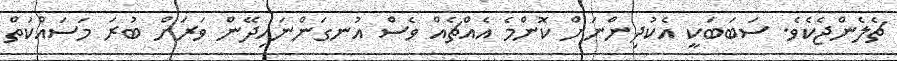
ޗެލެންޖެކެވެ. ސަބަބަކީ އެކުދިންނަށް ކޮންމެ އެއްޗެއް ވެސް އުނގަންނައިދޭން ވަރަށް ބުރަ މަސައްކަތް